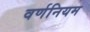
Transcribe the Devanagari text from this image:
वर्णनियम